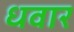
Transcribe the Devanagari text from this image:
धवार